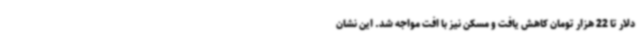
دلار تا 22 هزار تومان کاهش یافت و مسکن نیز با افت مواجه شد. این نشان